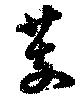
芰